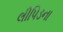
લીપિડના